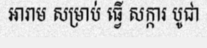
អារាម សម្រាប់ ធ្វើ សក្ការ បូជា